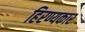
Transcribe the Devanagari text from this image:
हिरण्यकार